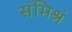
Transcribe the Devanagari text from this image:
संमिश्रं